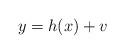
LaTeX: \begin{align*}y=h(x) + v\end{align*}